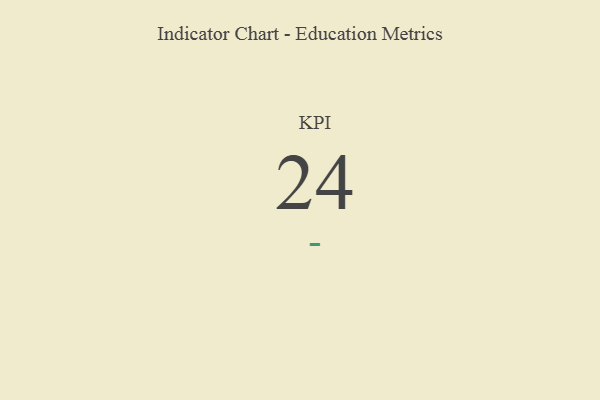
{"axis": {"x": "KPI", "y": "Value"}, "legend": [""], "data": [{"x": "KPI", "y": 24, "type": ""}]}